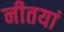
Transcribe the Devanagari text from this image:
नीतयां